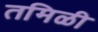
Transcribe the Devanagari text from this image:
तमिळी